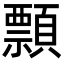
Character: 顠